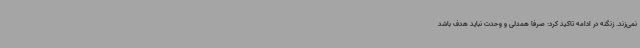
نمی‌زند. زنگنه در ادامه تاکید کرد: صرفا همدلی و وحدت نباید هدف باشد